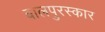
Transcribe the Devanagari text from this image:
बालपुरस्कार